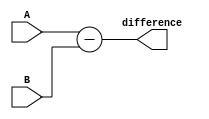
module subtractor(
    input [7:0] A,
    input [7:0] B,
    output reg [7:0] difference
);

always @* begin
    difference = A - B;
end

endmodule